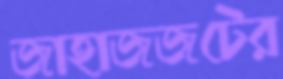
জাহাজজটের